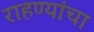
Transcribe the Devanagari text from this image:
राहण्यांचा